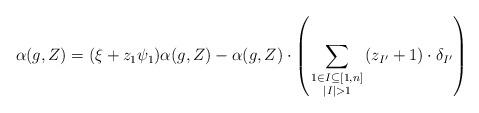
LaTeX: \begin{align*} \alpha(g,Z)=(\xi+z_1\psi_1)\alpha(g,Z) - \alpha(g,Z) \cdot\left(\sum_{\begin{smallmatrix} 1\in I\subseteq[1,n] \\ |I|>1 \end{smallmatrix}}(z_{I'}+1)\cdot \delta_{I'}\right) \end{align*}